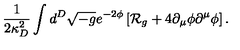
{ \frac { 1 } { 2 \kappa _ { D } ^ { 2 } } } \int d ^ { D } \sqrt { - g } e ^ { - 2 \phi } \left[ { \cal R } _ { g } + 4 \partial _ { \mu } \phi \partial ^ { \mu } \phi \right] .